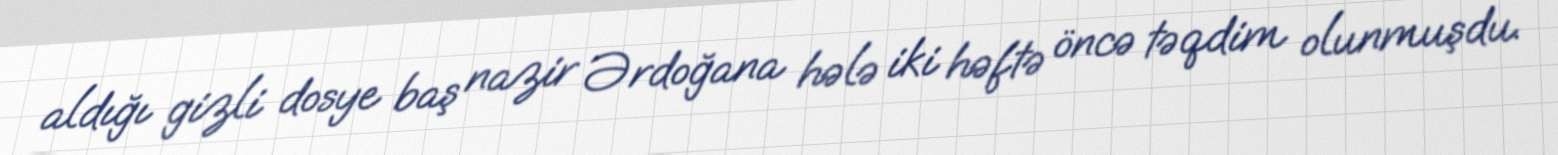
aldığı gizli dosye baş nazir Ərdoğana hələ iki həftə öncə təqdim olunmuşdu.